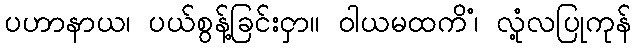
ပဟာနာယ၊ ပယ်စွန့်ခြင်းငှာ။ ဝါယမထကိံ၊ လုံ့လပြုကုန်